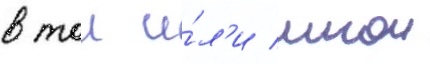
в тои и́л'и инои